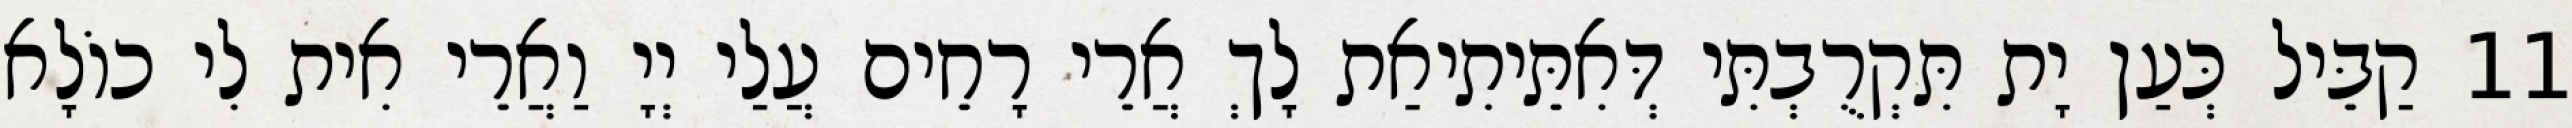
11 קַבֵּיל כְּעַן יָת תִּקְרֻבְתִּי דְּאִתֵּיתִיאַת לָךְ אֲרֵי רָחֵים עֲלַי יְיָ וַאֲרֵי אִית לִי כוֹלָא